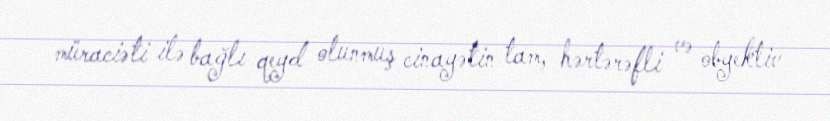
müraciəti ilə bağlı qeyd olunmuş cinayətin tam, hərtərəfli və obyektiv